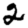
Digit: 2